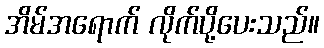
အိမ်အရောက် လိုက်ပို့ပေးသည်။